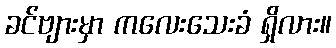
ခင်ဗျားမှာ ကလေးသေးခံ ရှိလား။